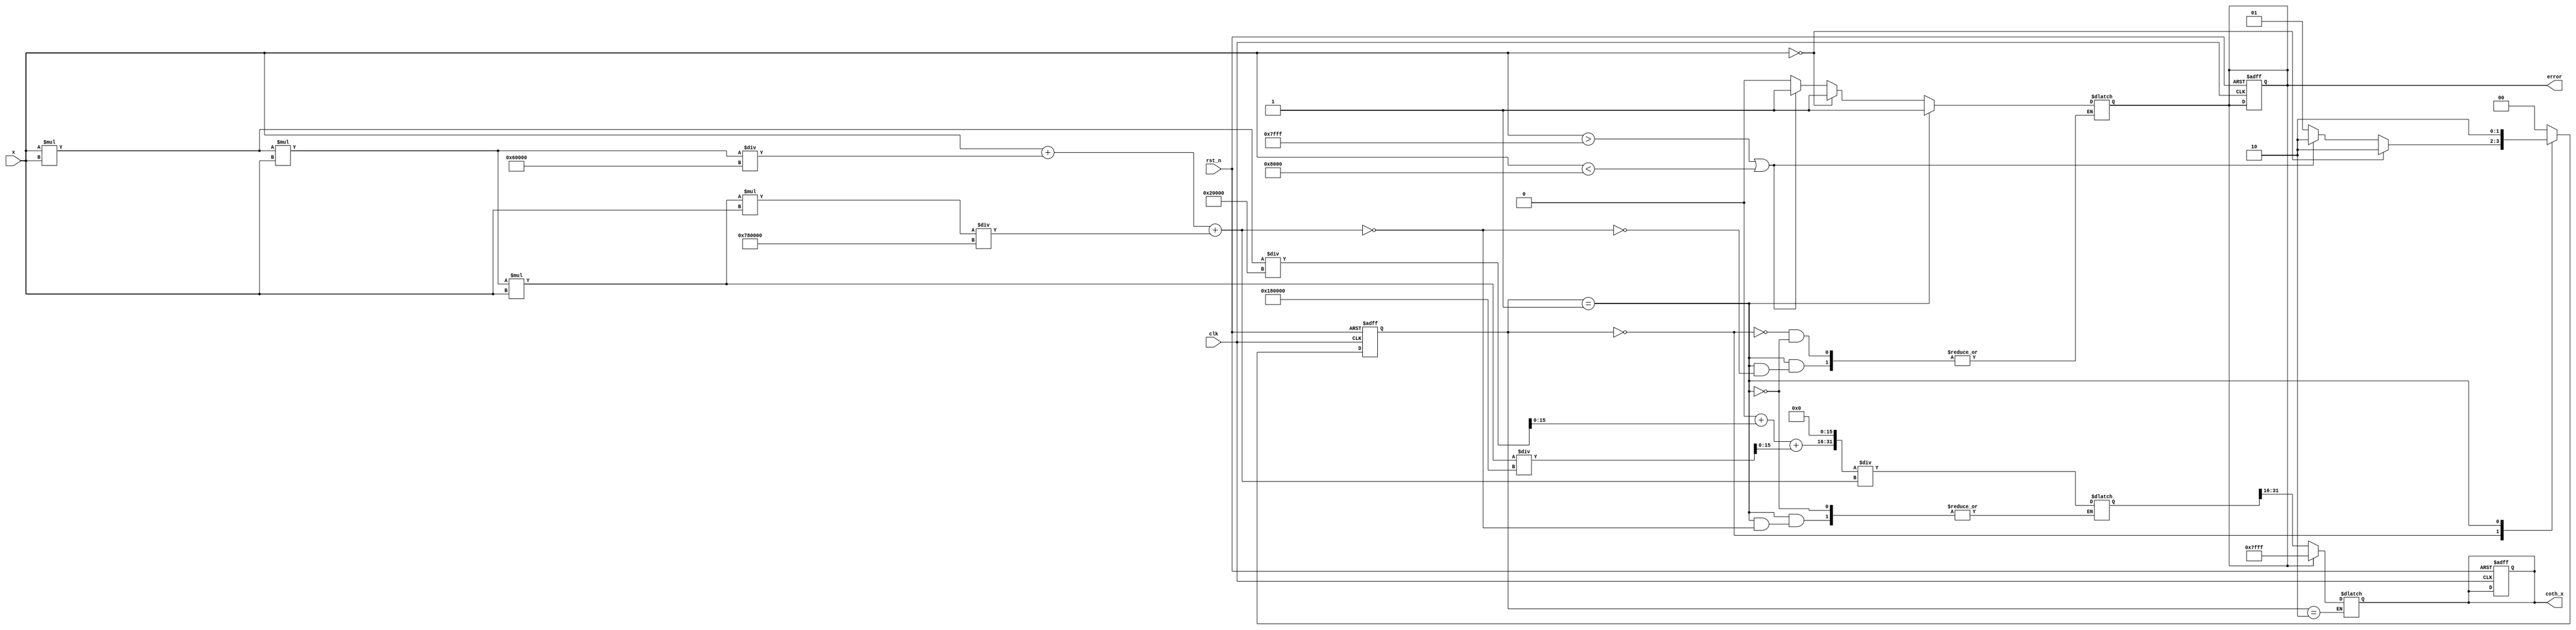
module hyperbolic_coth (
    input wire clk,
    input wire rst_n,
    input wire signed [15:0] x, // 16-bit signed fixed-point input
    output reg signed [15:0] coth_x, // 16-bit signed fixed-point output
    output reg error // Signal for handling special cases
);

// Parameters
parameter MAX_INPUT = 16'h7FFF; // Maximum input value (approx. 32767)
parameter MIN_INPUT = 16'h8000; // Minimum input value (approx. -32768)
parameter ZERO = 16'h0000; // Fixed-point representation of zero
parameter INFINITY = 16'h7FFF; // Fixed-point representation of infinity

// Internal signals
reg signed [31:0] cosh_x; // 32-bit for intermediate calculations
reg signed [31:0] sinh_x; // 32-bit for intermediate calculations
reg signed [31:0] coth_temp; // Temporary variable for coth calculation
reg [1:0] state; // State variable
reg [1:0] next_state; // Next state variable

// State encoding
localparam IDLE = 2'b00;
localparam COMPUTE = 2'b01;
localparam OUTPUT = 2'b10;

// Taylor series coefficients for cosh(x) and sinh(x)
function signed [31:0] taylor_cosh(input signed [15:0] x);
    begin
        // Using the first few terms of the Taylor series expansion
        taylor_cosh = (1 << 16) + (x * x) / (2 * (1 << 16)) + (x * x * x * x) / (24 * (1 << 16));
    end
endfunction

function signed [31:0] taylor_sinh(input signed [15:0] x);
    begin
        // Using the first few terms of the Taylor series expansion
        taylor_sinh = x + (x * x * x) / (6 * (1 << 16)) + (x * x * x * x * x) / (120 * (1 << 16));
    end
endfunction

// State machine for computation
always @(posedge clk or negedge rst_n) begin
    if (!rst_n) begin
        state <= IDLE;
        coth_x <= 0;
        error <= 0;
    end else begin
        state <= next_state;
    end
end

// Next state logic
always @(*) begin
    case (state)
        IDLE: begin
            if (x == ZERO) begin
                error = 1;
                next_state = OUTPUT;
            end else if (x > MAX_INPUT || x < MIN_INPUT) begin
                error = 1; // Handle large inputs
                next_state = OUTPUT;
            end else begin
                error = 0;
                next_state = COMPUTE;
            end
        end
        COMPUTE: begin
            cosh_x = taylor_cosh(x);
            sinh_x = taylor_sinh(x);
            if (sinh_x == 0) begin
                error = 1; // Handle division by zero
                next_state = OUTPUT;
            end else begin
                coth_temp = (cosh_x << 16) / sinh_x; // Fixed-point division
                next_state = OUTPUT;
            end
        end
        OUTPUT: begin
            if (error) begin
                coth_x = INFINITY; // Return infinity for error cases
            end else begin
                coth_x = coth_temp[31:16]; // Take the upper 16 bits as output
            end
            next_state = IDLE; // Go back to idle
        end
        default: next_state = IDLE; // Default case
    endcase
end

endmodule